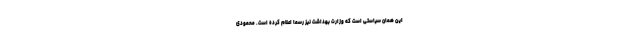
این همان سیاستی است که وزارت بهداشت نیز رسما اعلام کرده است. محمودی